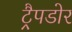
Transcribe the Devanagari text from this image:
ट्रैपडोर